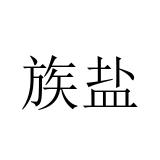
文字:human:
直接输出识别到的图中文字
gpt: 族盐